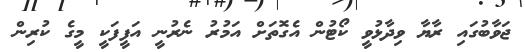
ޖަވާބުގައި ރާޔާ ވިދާޅުވީ ކޯޓުން އެގޮތަށް އަމުރު ނެރުނީ އަފީފަކީ މީގެ ކުރިން